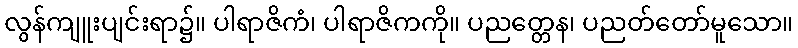
လွန်ကျူးပျင်းရာ၌။ ပါရာဇိကံ၊ ပါရာဇိကကို။ ပညတ္တေန၊ ပညတ်တော်မူသော။